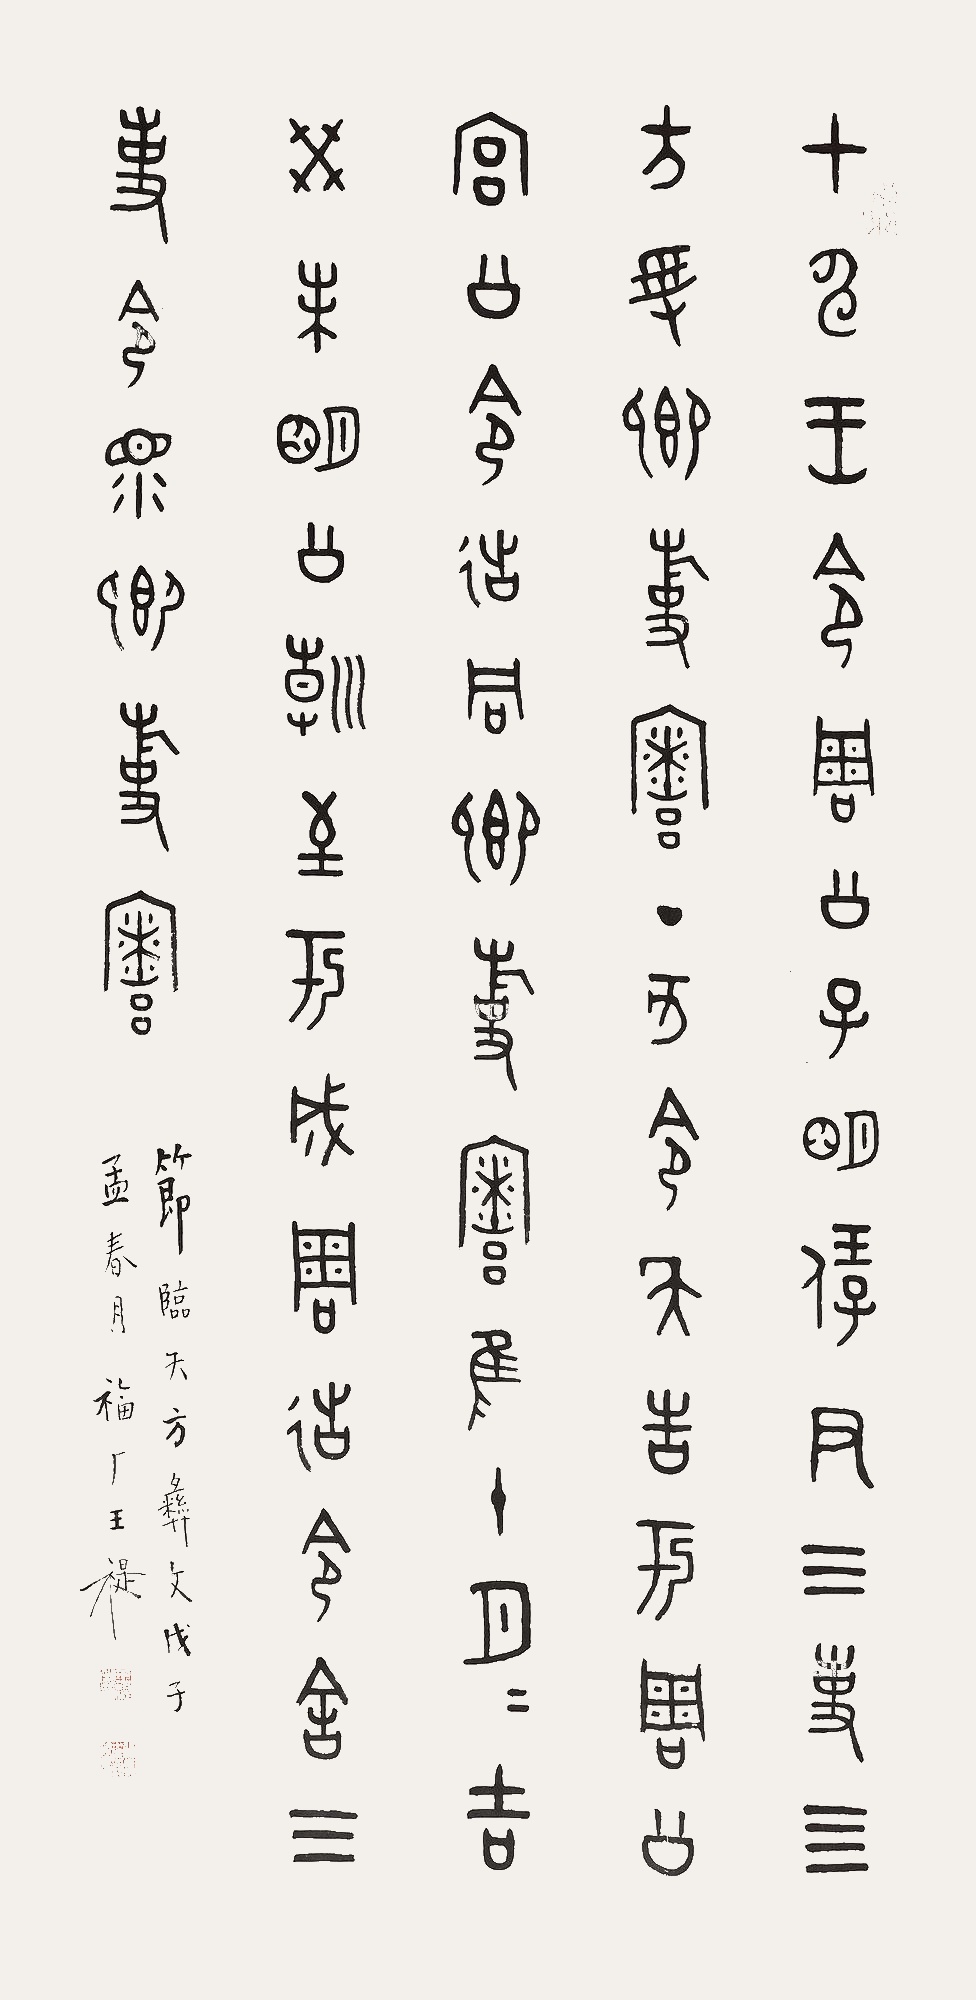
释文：甲申，王令周公子明保，尹三事四方，授卿事寮，丁亥，令夨告于周公宫，公令造同卿事寮，唯十月月吉，癸未，明公朝至于成周，造令舍三事令，眔卿事寮。节临夨方彝文。戊子孟春月，福厂王禔。